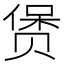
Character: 𲃄